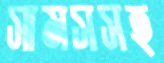
সামসসহ